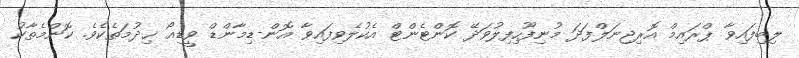
ލިބިފައިވާ ޕްރައިމް އޮރިޖިނަލްފަދަ މުނިފޫހިފިލުވަދޭ ކޮންޓެންޓް އެކުލެވިފައިވާ އޮން-ޑިމާންޑް ވީޑިއޯ ޚިދުމަތެކެވެ. ކޮންމެތާކު